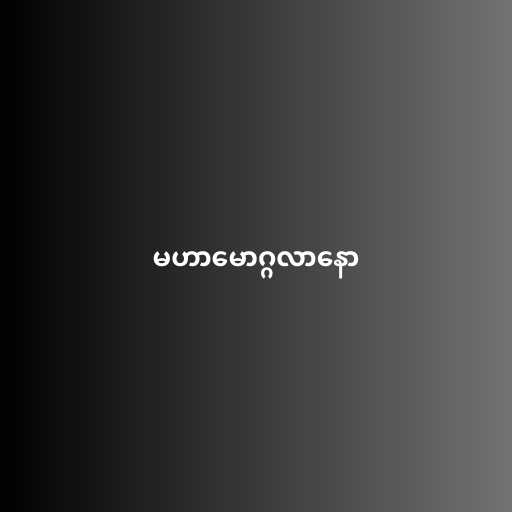
မဟာမောဂ္ဂလာနော